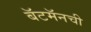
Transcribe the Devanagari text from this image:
बॅटमॅनची